NAE_ERA_R-1252_Tartu_organisatsioonide_likvideerimise_komisjon, lk 16
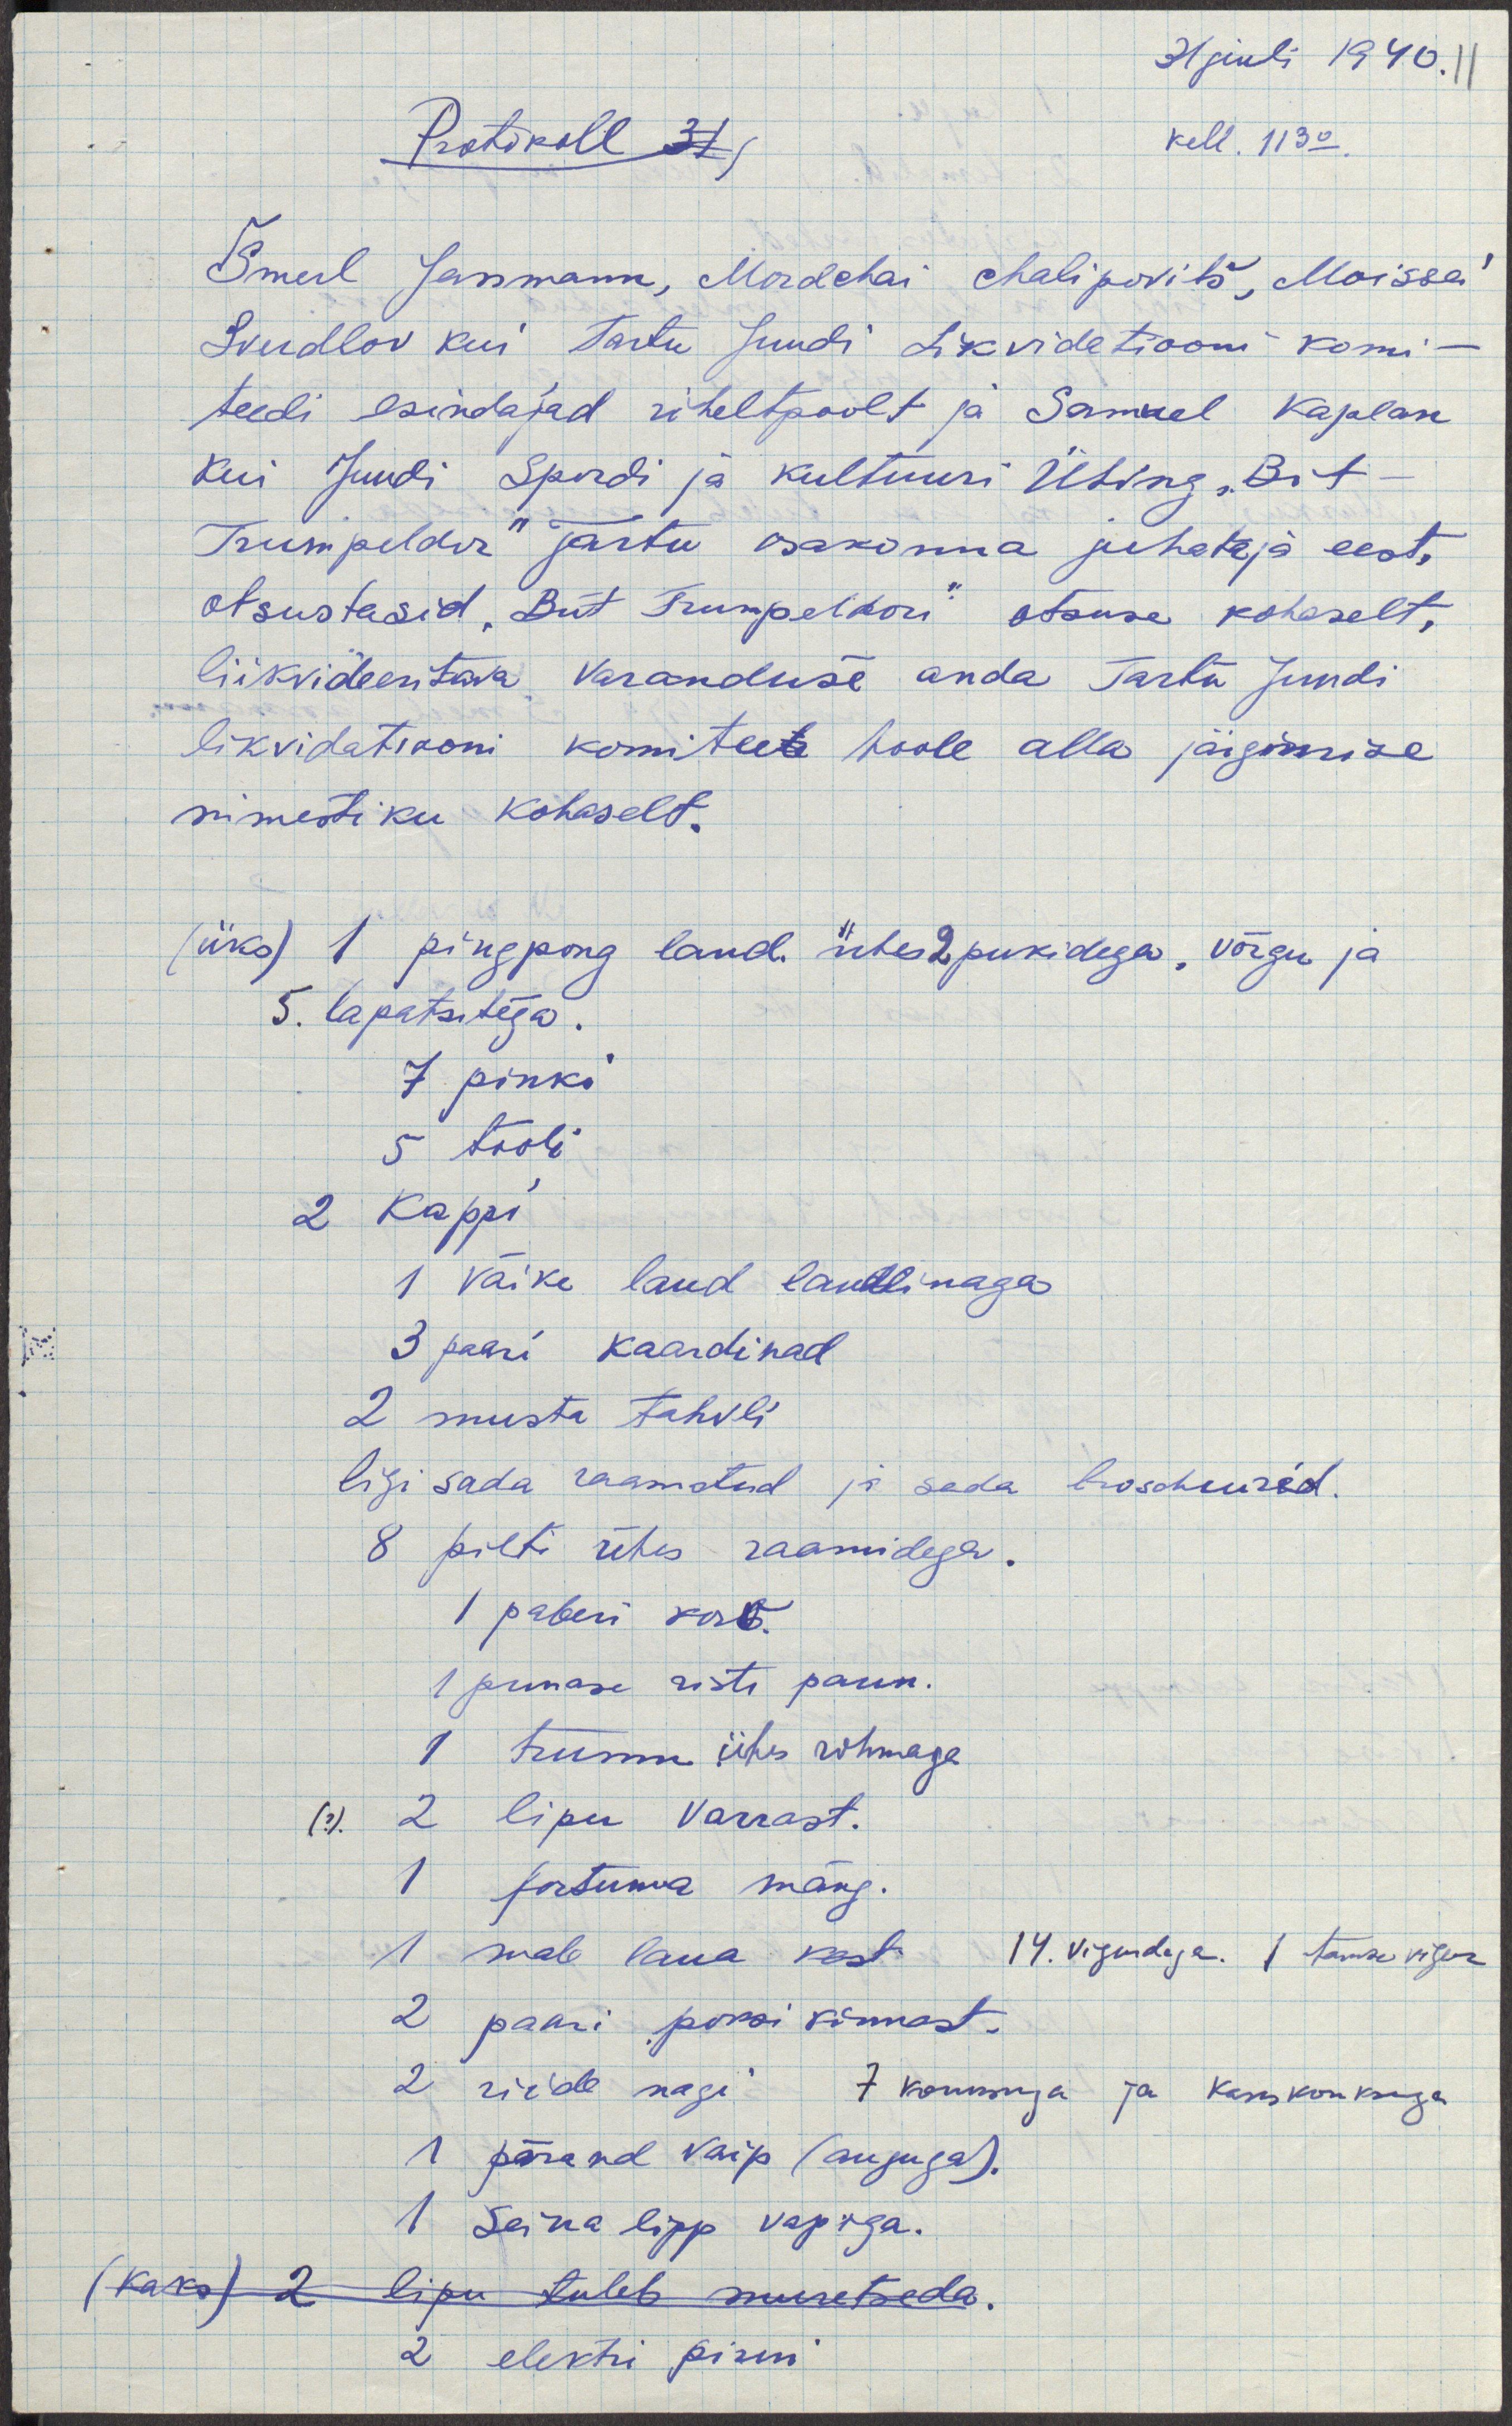
31 juuli 1940.11
Protokoll 31
kell. 11 30.
Šmerl Jassmann, Mordchai chalipovitš, Moissei
Sverdlov kui Tartu Juudi Likvidatiooni komi-
teedi esindajad üheltpoolt ja Samuel Kaplan
kui Juudi Spordi ja Kultuuri Ühing "Brit-
Trumpeldor" Tartu osakonna juhataja eest,
otsustasid "Brit Trumpeldori" otsuse kohaselt,
liikvideeritava varanduse anda Tartu Juudi
likvidatiooni komiteele hoole alla järgimise
nimestiku kohaselt.
(üks) 1 pingpong laud ühes 2 pukidega, võrgu ja
5. lapatsitega.
7 pinki
5 tooli
2 kappi
1 väike laud laudlinaga
3 paari kaardinad
2 musta tahvli
ligi sada raamatud ja sada broschuurid.
8 pilti ühes raamidega.
1 paberi korv.
1 punase risti paun.
I trumm ühes rihmaga
2 lipu varrast.
1 fortuna mäng.
1 male laua kast 14. vigurdaja 1 tamka vigur
2 paari poksi kinnast.
2 riide nagi 7 konksuga ja kaks konksuga
1 põrand vaip (auguga).
1 Seina lipp vapiga.
(kaks) 2 lipu tuleb muretseda.
2 elektri pirni